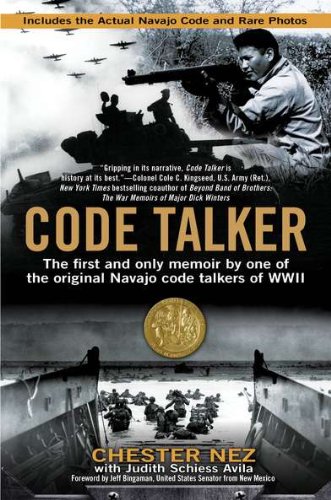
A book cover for Code Talker: The First and Only Memoir By One of the Original Navajo Code Talkers of WWII; Chester Nez; Biographies & Memoirs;